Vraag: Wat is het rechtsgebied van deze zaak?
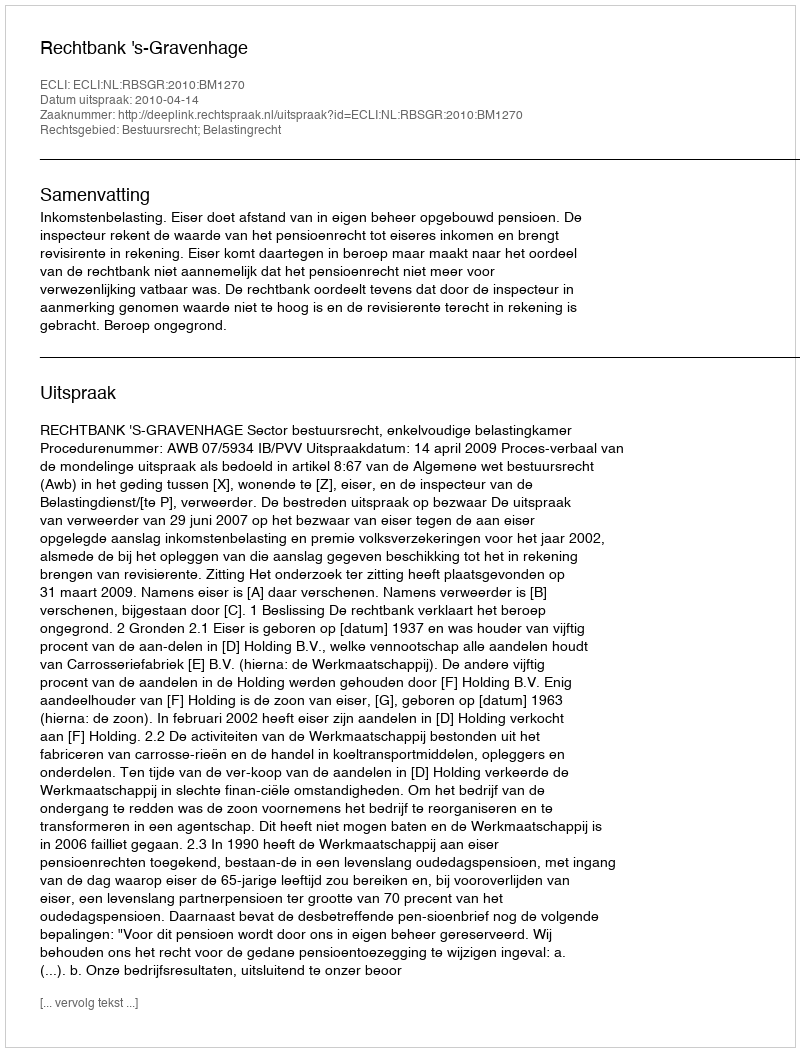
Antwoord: Bestuursrecht; Belastingrecht